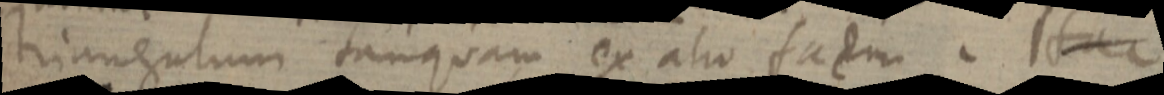
triangulum tanquam ex alio fadm. Ita